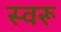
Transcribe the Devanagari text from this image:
स्वरू